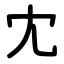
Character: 冘